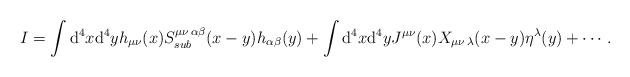
\begin{align*}I = \int {\rm d}^4 x {\rm d}^4 y h_{\mu\nu}(x) S_{sub}^{\mu\nu\,\alpha\beta}(x-y) h_{\alpha\beta}(y) + \int {\rm d}^4 x {\rm d}^4 y J^{\mu\nu}(x) X_{\mu\nu\, \lambda}(x-y) \eta^{\lambda}(y) + \cdots.\end{align*}